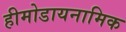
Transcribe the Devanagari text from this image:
हीमोडायनामिक